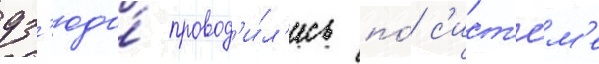
дз'юдо́ провод'и́л'ись по́ с'ист'е́м'е